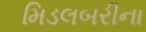
મિડલબરીના